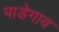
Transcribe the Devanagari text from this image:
पाडेगाव